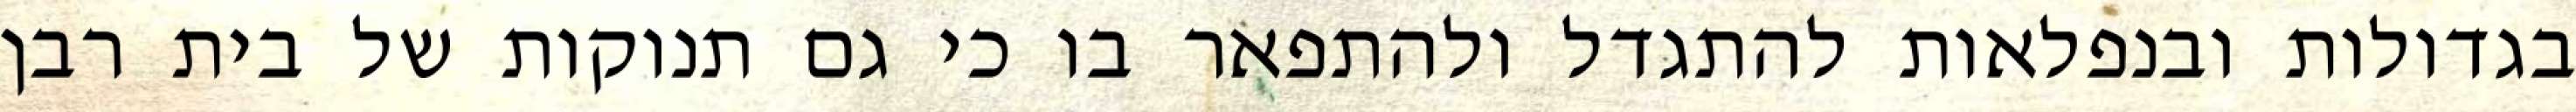
בגדולות ובנפלאות להתגדל ולהתפאר בו כי גם תנוקות של בית רבן